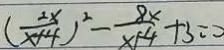
( \frac { 2 x } { x + 4 } ) ^ { 2 } - \frac { 8 x } { x + 4 } + 3 = 0